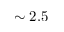
\sim 2 . 5